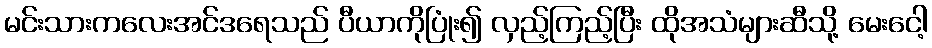
မင်းသားကလေးအင်ဒရေသည် ပီယာကိုပြုံး၍ လှည့်ကြည့်ပြီး ထိုအသံများဆီသို့ မေးငေါ့